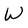
Character: W